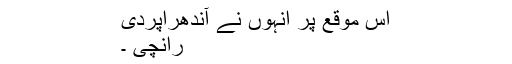
اس موقع پر انہوں نے آندھراپردی
رانچی ۔